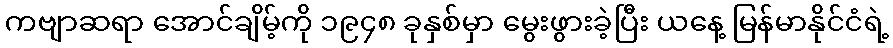
ကဗျာဆရာ အောင်ချိမ့်ကို ၁၉၄၈ ခုနှစ်မှာ မွေးဖွားခဲ့ပြီး ယနေ့ မြန်မာနိုင်ငံရဲ့